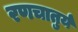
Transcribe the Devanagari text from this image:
रणचातुर्य